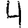
Digit: 4